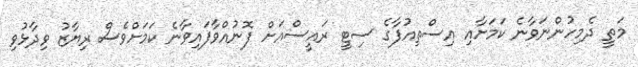
މަތީ ދެމިހުންނަވާނެ ކަމަށާއި އިސްތިއުފާގެ ސިޓީ ރައީސްއަށް ފޮނުއްވާފައިވާނެ ކަމަށްވެސް ރިޔާޒު ވިދާޅުވި